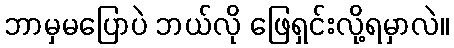
ဘာမှမပြောပဲ ဘယ်လို ဖြေရှင်းလို့ရမှာလဲ။